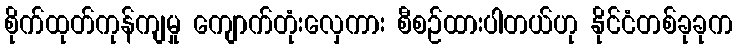
စိုက်ထုတ်ကုန်ကျမှု ကျောက်တုံးလှေကား စီစဉ်ထားပါတယ်ဟု နိုင်ငံတစ်ခုခုက